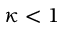
\kappa < 1